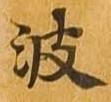
波